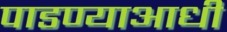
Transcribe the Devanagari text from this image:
पाडण्याआधी